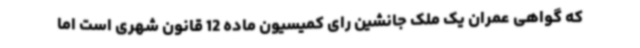
که گواهی عمران یک ملک جانشین رای کمیسیون ماده 12 قانون شهری است اما